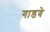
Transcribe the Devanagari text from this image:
गाडवे